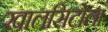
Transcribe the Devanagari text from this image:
खालसिटोला